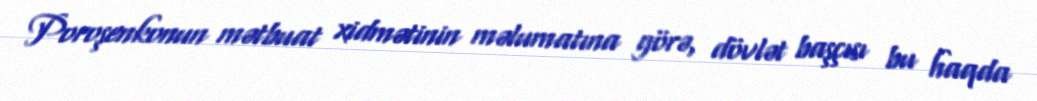
Poroşenkonun mətbuat xidmətinin məlumatına görə, dövlət başçısı bu haqda